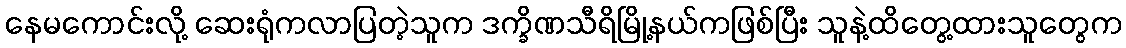
နေမကောင်းလို့ ဆေးရုံကလာပြတဲ့သူက ဒက္ခိဏသီရိမြို့နယ်ကဖြစ်ပြီး သူနဲ့ထိတွေ့ထားသူတွေက